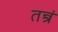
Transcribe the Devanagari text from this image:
तन्त्रं